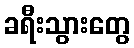
ခရီးသွားတွေ